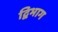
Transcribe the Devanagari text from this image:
द्विभाग